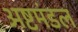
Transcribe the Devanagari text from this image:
अष्टमंडल